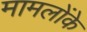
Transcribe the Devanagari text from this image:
मामलोंके